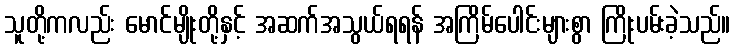
သူတို့ကလည်း မောင်မျိုးတို့နှင့် အဆက်အသွယ်ရရန် အကြိမ်ပေါင်းများစွာ ကြိုးပမ်းခဲ့သည်။